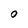
Character: O